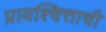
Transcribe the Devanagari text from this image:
प्रायश्चित्ताची